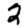
Digit: 2